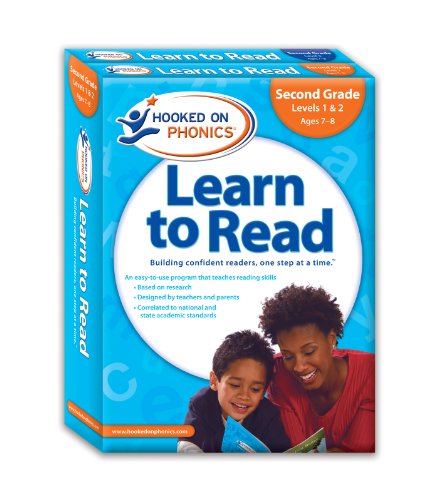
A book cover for Hooked on Phonics Learn to Read 2nd Grade Complete; Hooked On Phonics.; Children's Books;